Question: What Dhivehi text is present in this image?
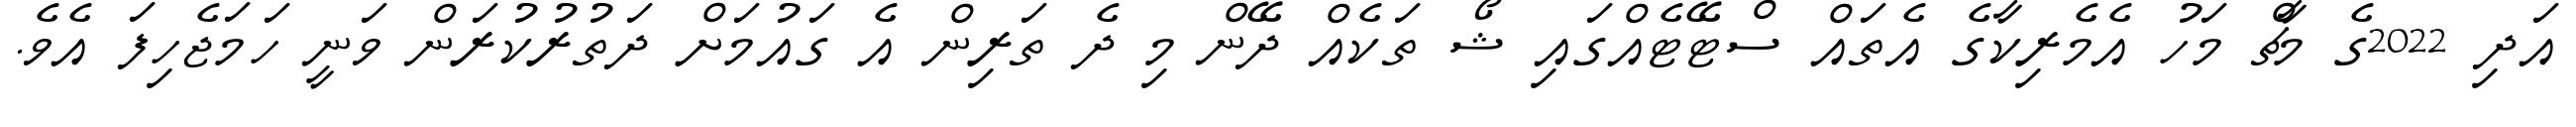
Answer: އަދި 2022ގެ މާޗް މަހު އެމެރިކާގެ އެތައް ސްޓޭޓެއްގައި ޝޯ ތަކެއް ދޭން މި ދެ ތަރިން އެ ގައުމަށް ދަތުރުކުރަން ވަނީ ހަމަޖެހިފަ އެވެ.